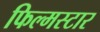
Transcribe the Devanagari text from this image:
फिल्मस्टार